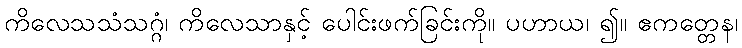
ကိလေသသံသဂ္ဂံ၊ ကိလေသာနှင့် ပေါင်းဖက်ခြင်းကို။ ပဟာယ၊ ၍။ ဧကတ္တေန၊